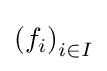
\left(f_{i}\right)_{i\in I}